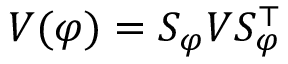
V ( \varphi ) = S _ { \varphi } V S _ { \varphi } ^ { \top }